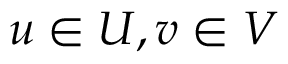
u \in U , v \in V